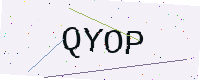
Text: QYOP